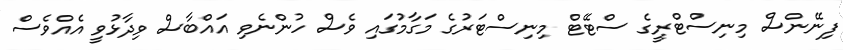
ފިނޭންސް މިނިސްޓްރީގެ ސްޓޭޓް މިނިސްޓަރުގެ މަގާމުގައި ވެސް ހުންނެވި އައްބާސް ވިދާޅުވީ އެއްވެސް